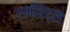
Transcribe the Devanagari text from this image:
एमीरेट्स